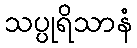
သပ္ပုရိသာနံ